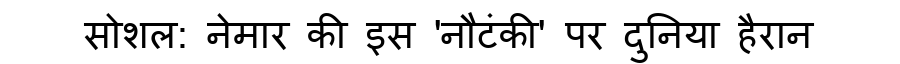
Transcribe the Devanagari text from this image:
सोशल: नेमार की इस 'नौटंकी' पर दुनिया हैरान